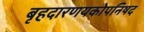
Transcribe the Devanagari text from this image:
बृहदारणयकोपनिषद